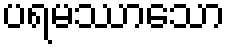
ပရမဿာသော